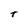
Character: t